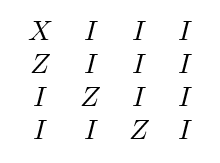
{\begin{array}{cccc}X&I&I&I\\Z&I&I&I\\I&Z&I&I\\I&I&Z&I\end{array}}